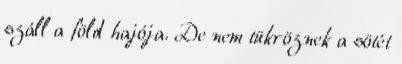
száll a föld hajója. De nem tükröznek a sötét